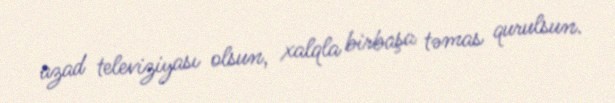
azad televiziyası olsun, xalqla birbaşa təmas qurulsun.